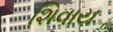
શિવાય